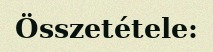
Összetétele: